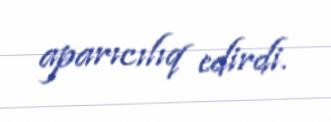
aparıcılıq edirdi.